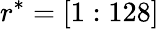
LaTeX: r^{*}=[1:128]